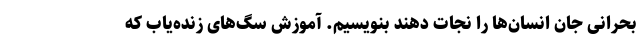
بحرانی جان انسان‌ها را نجات دهند بنویسیم. آموزش‌ سگ‌های زنده‌یاب که